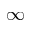
\infty